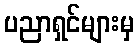
ပညာရှင်များမှ